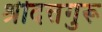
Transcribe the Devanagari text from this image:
श्रीदत्तगुरू